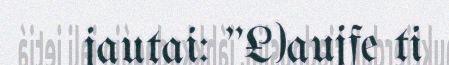
jautai: "£)aujfe ti